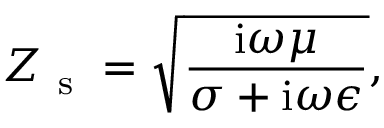
Z _ { \mathrm { ~ s ~ } } = \sqrt { \frac { \mathrm { i } \omega \mu } { \sigma + \mathrm { i } \omega \epsilon } } ,